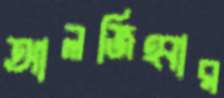
আলজিহ্বার